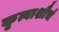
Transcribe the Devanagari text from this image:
कृत्वाशौचं